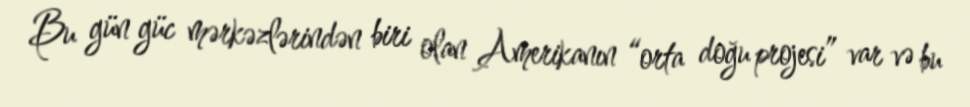
Bu gün güc mərkəzlərindən biri olan Amerikanın “orta doğu projesi” var və bu